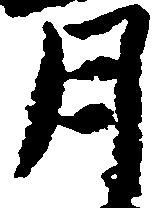
月